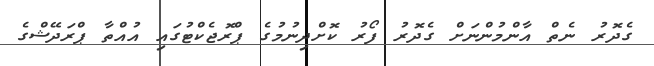
ގެދޮރު ނެތް އާންމުންނަށް ގެދޮރު ފޯރު ކޮށްދިނުމުގެ ޕްރޮޖެކްޓުގައި އުއްތާ ޕްރަދޭޝްގެ